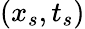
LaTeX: (x_{s},t_{s})